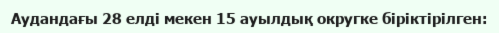
Аудандағы 28 елді мекен 15 ауылдық округке біріктірілген: